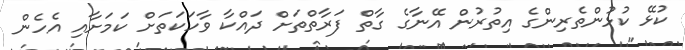
ކުޅޭ ކުޅުންތެރިންގެ އިތުރުން އޭނާގެ ގާތް ފަރާތްތަށް ދައްކާ ވާހަކަތަށް ކަމަށާއި އެހެން